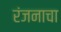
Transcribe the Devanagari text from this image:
रंजनाचा